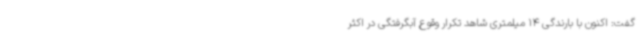
گفت: اکنون با بارندگی 14 میلمتری شاهد تکرار وقوع آبگرفتگی در اکثر